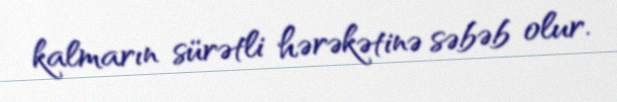
kalmarın sürətli hərəkətinə səbəb olur.